NAE_ERA_R-1665_Eesti_Kunstnike_Liit, lk 95
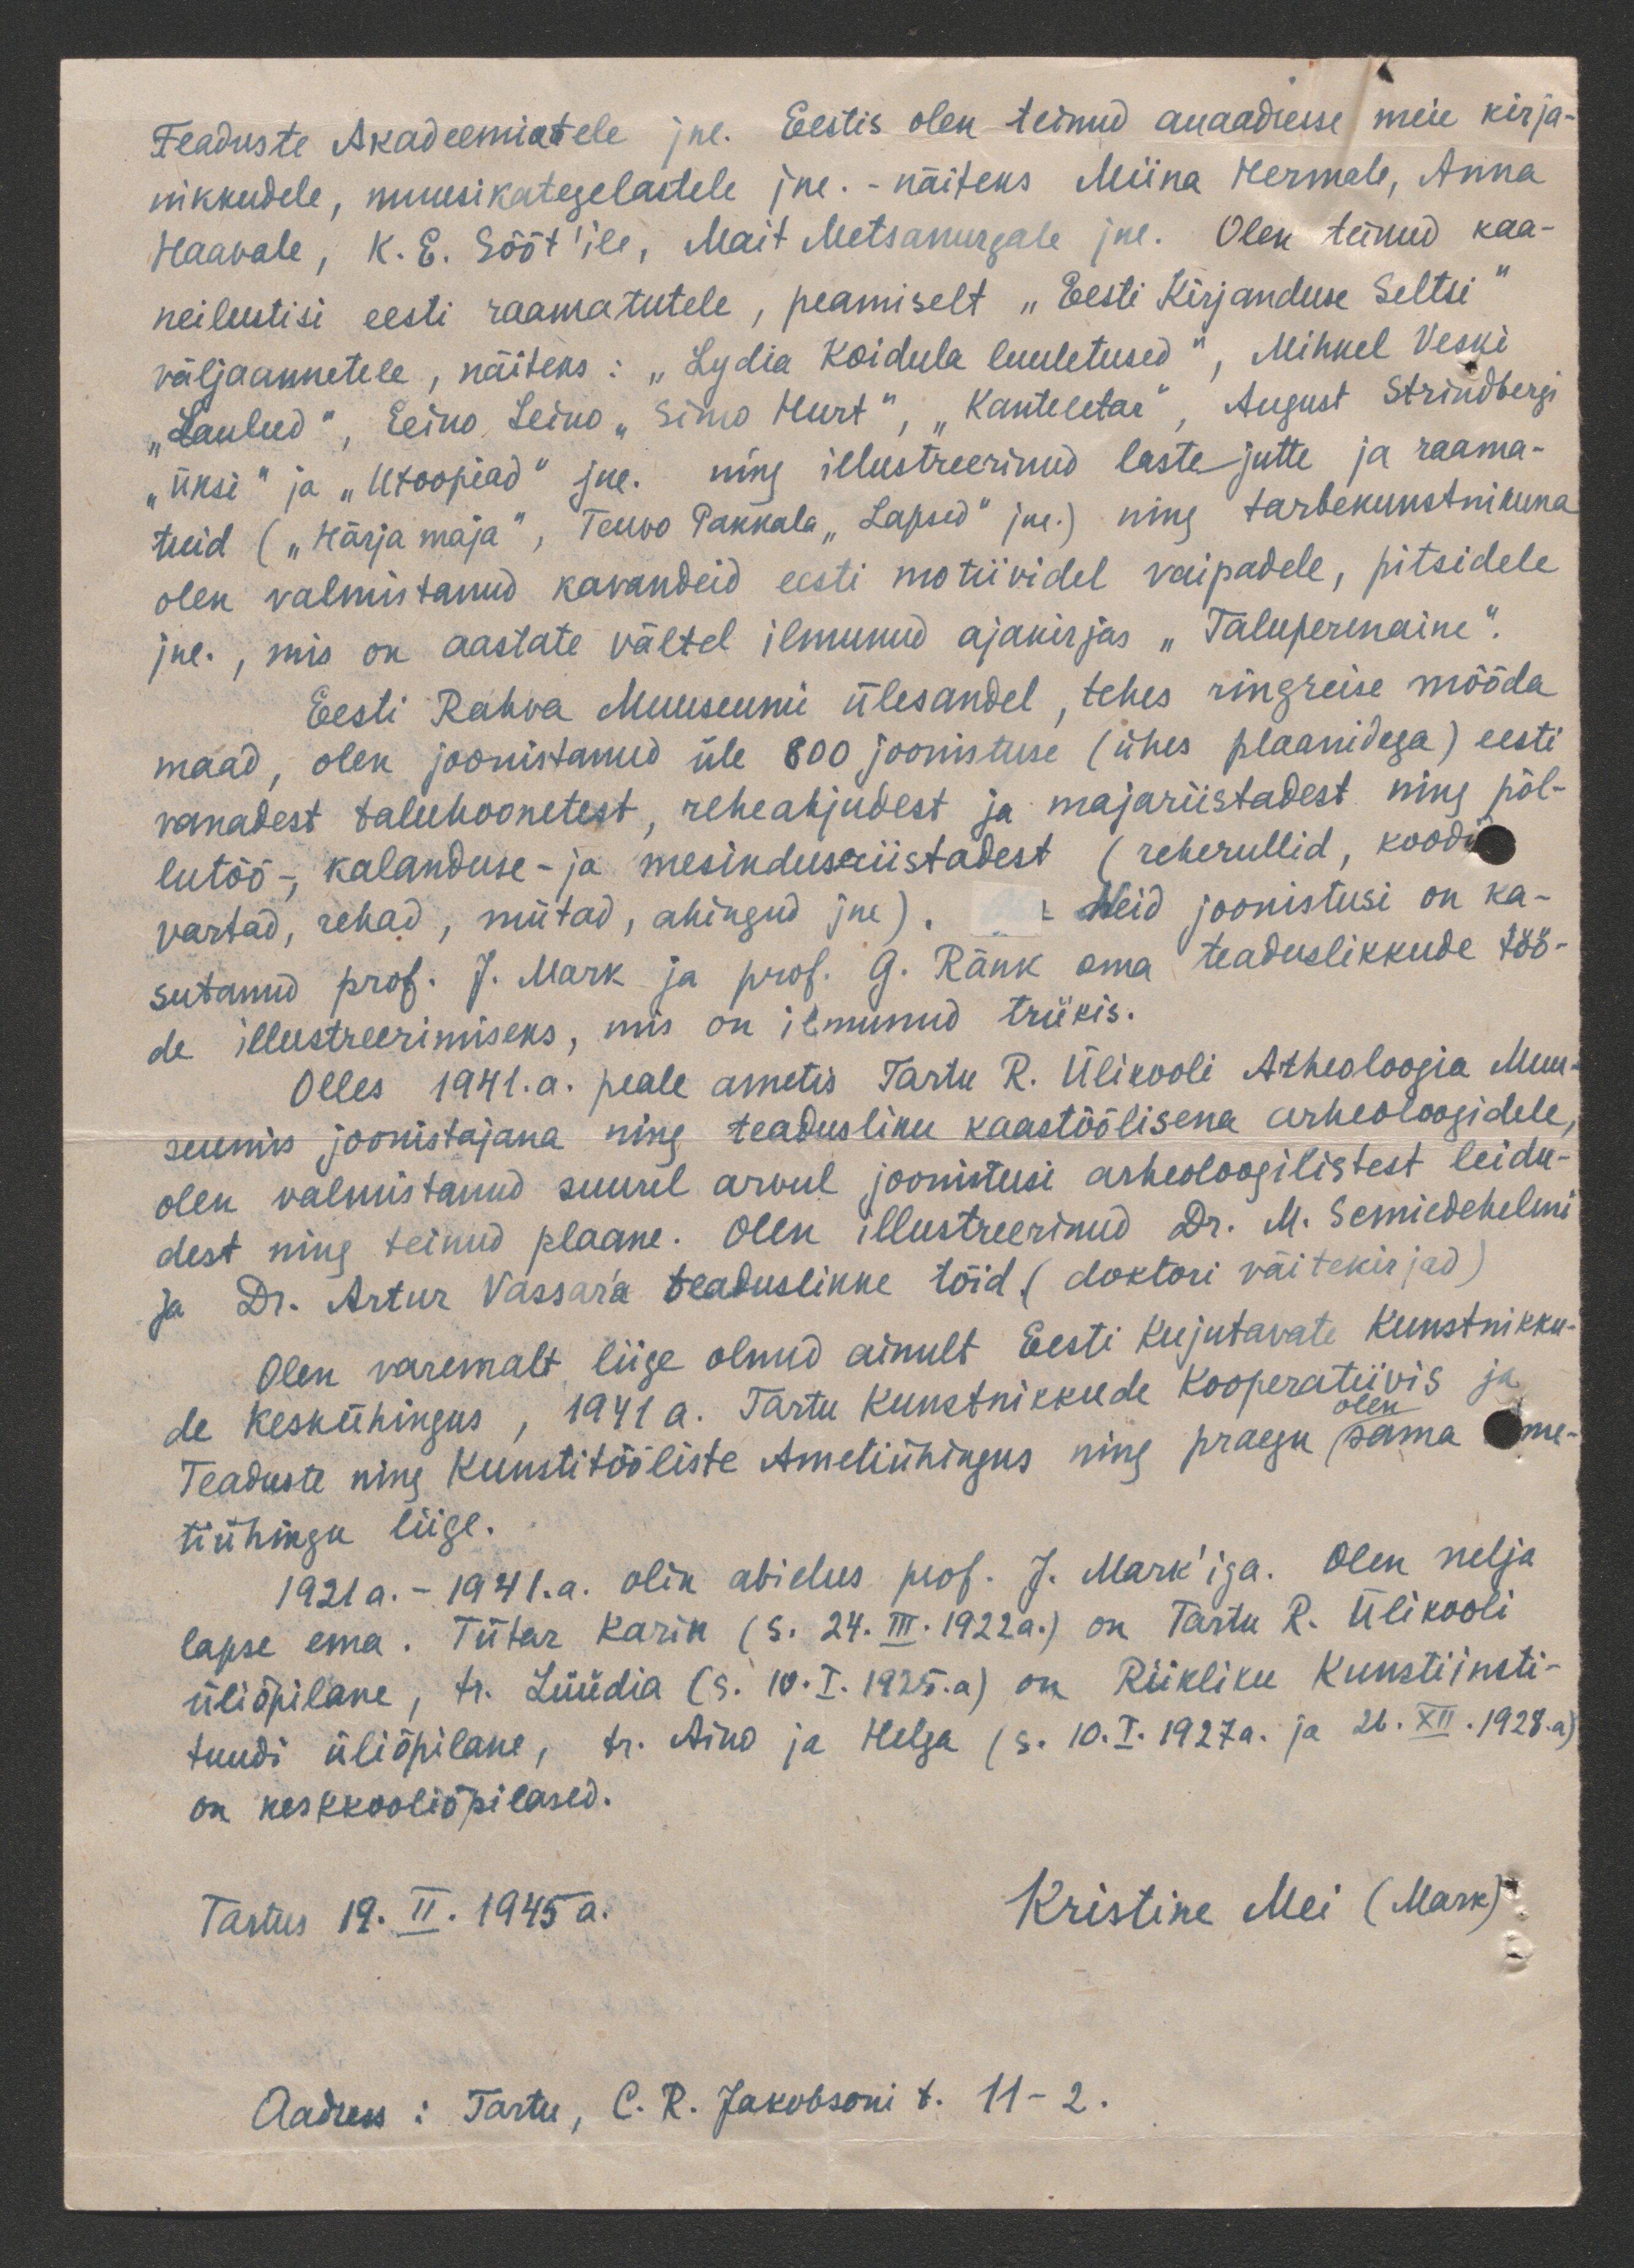
Teaduste Akadeemiatele jne. Eestis olen teinud auaadresse meie kirja-
nikkudele, muusikategelastele jne. - näiteks Miina Hermale, Anna
Haavale, K. E. Sööt'ile, Mait Metsanurgale jne. Olen teinud kaa-
neilustisi eesti raamatutele, peamiselt "Eesti Kirjanduse Seltsi"
väljaannetele, näiteks: "Lydia Koidula luuletused", Mihkel Veski
"Laulud", Eeino Leino "Simo Hurt", "Kanteletar", August Strindbergi
"Üksi" ja "Utoopiad" jne. ning illustreerinud lastejutte ja raama-
tuid ( „Härja maja", Teuvo Pakkala "Lapsed" jne.) ning tarbekunstnikuna
olen valmistanud kavandeid eesti motiividel vaipadele, pitsidele
jne., mis on aastate vältel ilmunud ajakirjas "Taluperenaine".
Eesti Rahva Muuseumi ülesandel, tehes ringreise mööda
maad, olen joonistanud üle 800 joonistuse (ühes plaanidega) eesti
vanadest taluhoonetest, reheahjudest ja majariistadest ning põl-
lutöö-, kalanduse- ja mesindusriistadest (reherullid, koodid
vartad, rehad, mütad, ahingud jne). Neid joonistusi on ka-
sutanud prof. J. Mark ja prof. G. Ränk oma teaduslikkude töö-
de illustreerimiseks, mis on ilmunud trükis.
Olles 1941.a. peale ametis Tartu R. Ülikooli Arheoloogia Muu-
seumis joonistajana ning teadusliku kaastöölisena arheoloogidele,
olen valmistanud suurel arvul joonistusi arheoloogilistest leidu-
dest ning teinud plaane. Olen illustreerinud Dr. M. Scmiedehelmi
ja Dr. Artur Vassara teaduslikke töid (doktori väitekirjad)
Olen varemalt liige olnud ainult Eesti Kujutavate Kunstnikku-
de Keskühingus, 1941 a. Tartu Kunstnikkude Kooperatiivis ja
olen
Teaduste ning Kunstitööliste Ametiühingus ning praegu sama me-
tiühingu liige.
1921a. -1941.a. olin abielus prof. J. Mark'iga. Olen nelja
lapse ema. Tütar Karin (s. 24.III.1922a.) on Tartu R. Ülikooli
üliõpilane, tr. Lüüdia (s. 10.I.1925.a) on Riikliku Kunstiinsti-
tuudi üliõpilane, tr. Aino ja Helga (s. 10.I.1927a. ja 22.XII.1928a).
on keskkooliõpilased.
Tartus 19. II. 1945 a.
Kristine Mei (Mark)
Aadress: Tartu, C. R. Jakobsoni t. 11-2.